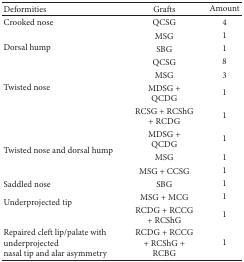
<table><thead><tr><td><b>Deformities </b></td><td><b>Grafts </b></td><td><b>Amount</b></td></tr></thead><tbody><tr><td>Crooked nose</td><td>QCSG</td><td>4</td></tr><tr><td rowspan="3">Dorsal hump</td><td>MSG</td><td>1</td></tr><tr><td>SBG</td><td>1</td></tr><tr><td>QCSG</td><td>8</td></tr><tr><td rowspan="3">Twisted nose</td><td>MSG</td><td>3</td></tr><tr><td>MDSG + QCDG</td><td>1</td></tr><tr><td>RCSG + RCShG + RCDG</td><td>1 </td></tr><tr><td rowspan="3">Twisted nose and dorsal hump</td><td>MDSG + QCDG</td><td>1 </td></tr><tr><td>MSG</td><td>1</td></tr><tr><td>MSG + CCSG</td><td>1</td></tr><tr><td>Saddled nose</td><td>SBG</td><td>1</td></tr><tr><td rowspan="2">Underprojected tip</td><td>MSG + MCG</td><td>1</td></tr><tr><td>RCDG + RCCG + RCShG</td><td>1</td></tr><tr><td>Repaired cleft lip/palate with underprojectednasal tip and alar asymmetry</td><td>RCDG + RCCG + RCShG + RCBG</td><td>1</td></tr></tbody></table>